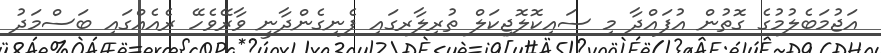
އަޖުމަބެލުމުގެ ގޮތުން އުފައްދާ މި ސައިކޮލޮޖިކަލް ތުރިލާރގައި ފެނިގެންދާނީ ވާރޭވެހޭ ރެއެއްގައި ބަސްމަދު